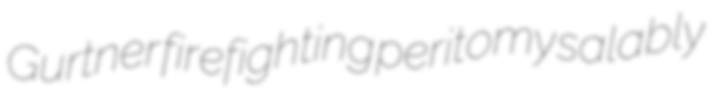
Gurtner firefighting peritomy salably